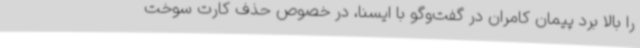
را بالا برد پیمان کامران در گفت‌وگو با ایسنا، در خصوص حذف کارت سوخت